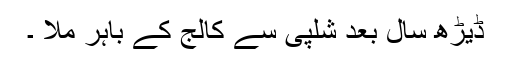
ڈیڑھ سال بعد شلپی سے کالج کے باہر ملا ۔